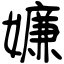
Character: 嬚